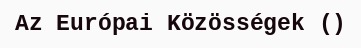
Az Európai Közösségek ()